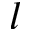
l